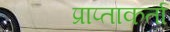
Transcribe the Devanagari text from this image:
प्राप्ताकर्ता